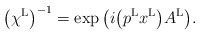
\begin{gather*}\big(\chi^{\rm L}\big)^{-1}=\exp\big(i\big(p^{\rm L}x^{\rm L}\big)A^{\rm L}\big).\end{gather*}